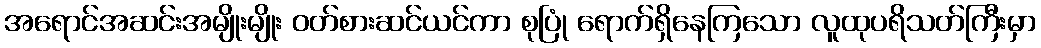
အရောင်အဆင်းအမျိုးမျိုး ဝတ်စားဆင်ယင်ကာ စုပြုံ ရောက်ရှိနေကြသော လူထုပရိသတ်ကြီးမှာ